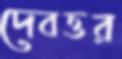
দেবত্তর